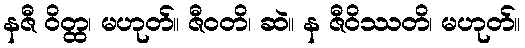
နဇီ ဝိတ္ထ၊ မဟုတ်။ ဇီဝတိ၊ ဆဲ။ န ဇီဝိဿတိ၊ မဟုတ်။